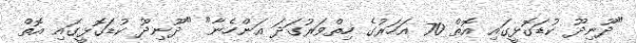
"ދޫނިދޫ ކުޑަގޮޅީގައި އޮތް 70 އަހަރުގެ ހިތްވަރުގަދަ އަންހެނާ" "ދޫނިދޫ ކުޑަގޮޅީގައި އޮތް